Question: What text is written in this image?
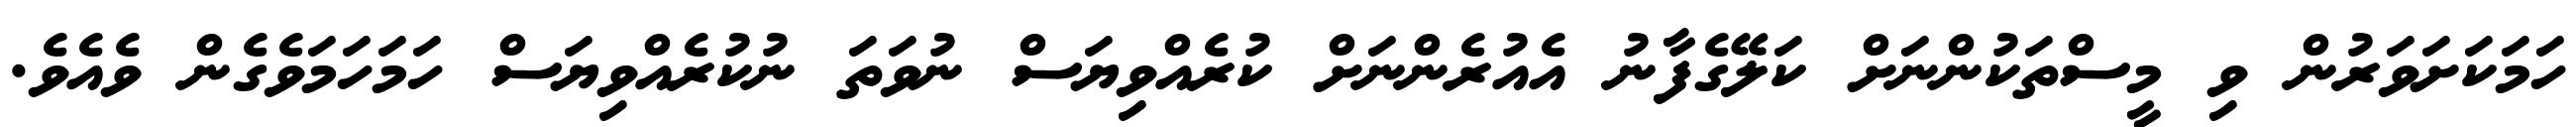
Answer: ހަމަކަށަވަރުން ވި މީސްތަކުންނަށް ކަލޭގެފާނު އެއުރެންނަށް ކުރެއްވިޔަސް ނުވަތަ ނުކުރެއްވިޔަސް ހަމަހަމަވެގެން ވެއެވެ.